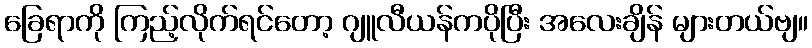
ခြေရာကို ကြည့်လိုက်ရင်တော့ ဂျူလီယန်ကပိုပြီး အလေးချိန် များတယ်ဗျ။